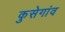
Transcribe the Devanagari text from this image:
कुसेगांव